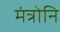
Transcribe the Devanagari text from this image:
मंत्रोनि